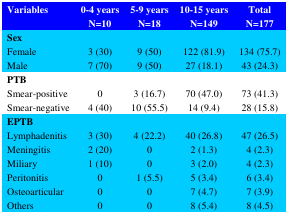
<table><thead><tr><td><b>Variables </b></td><td><b>0-4 yearsN=10</b></td><td><b>5-9 yearsN=18</b></td><td><b>10-15 yearsN=149</b></td><td><b>TotalN=177</b></td></tr></thead><tbody><tr><td><b>Sex</b>Female Male </td><td>3 (30)7 (70)</td><td>9 (50)9 (50)</td><td>122 (81.9)27 (18.1)</td><td>134 (75.7)43 (24.3)</td></tr><tr><td><b>PTB</b>Smear-positiveSmear-negative</td><td>04 (40)</td><td>3 (16.7)10 (55.5)</td><td>70 (47.0)14 (9.4)</td><td>73 (41.3)28 (15.8)</td></tr><tr><td><b>EPTB</b>Lymphadenitis Meningitis MiliaryPeritonitis Osteoarticular Others </td><td>3 (30)2 (20)1 (10)000</td><td>4 (22.2)001 (5.5)00</td><td>40 (26.8)2 (1.3)3 (2.0)5 (3.4)7 (4.7)8 (5.4)</td><td>47 (26.5)4 (2.3)4 (2.3)6 (3.4)7 (3.9)8 (4.5)</td></tr></tbody></table>